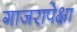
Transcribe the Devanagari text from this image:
गाजरापेक्षा